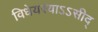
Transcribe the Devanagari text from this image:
विधेयस्याऽऽसीद्